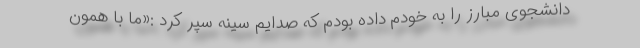
دانشجوی مبارز را به خودم داده بودم که صدایم سینه سپر کرد :«ما با همون